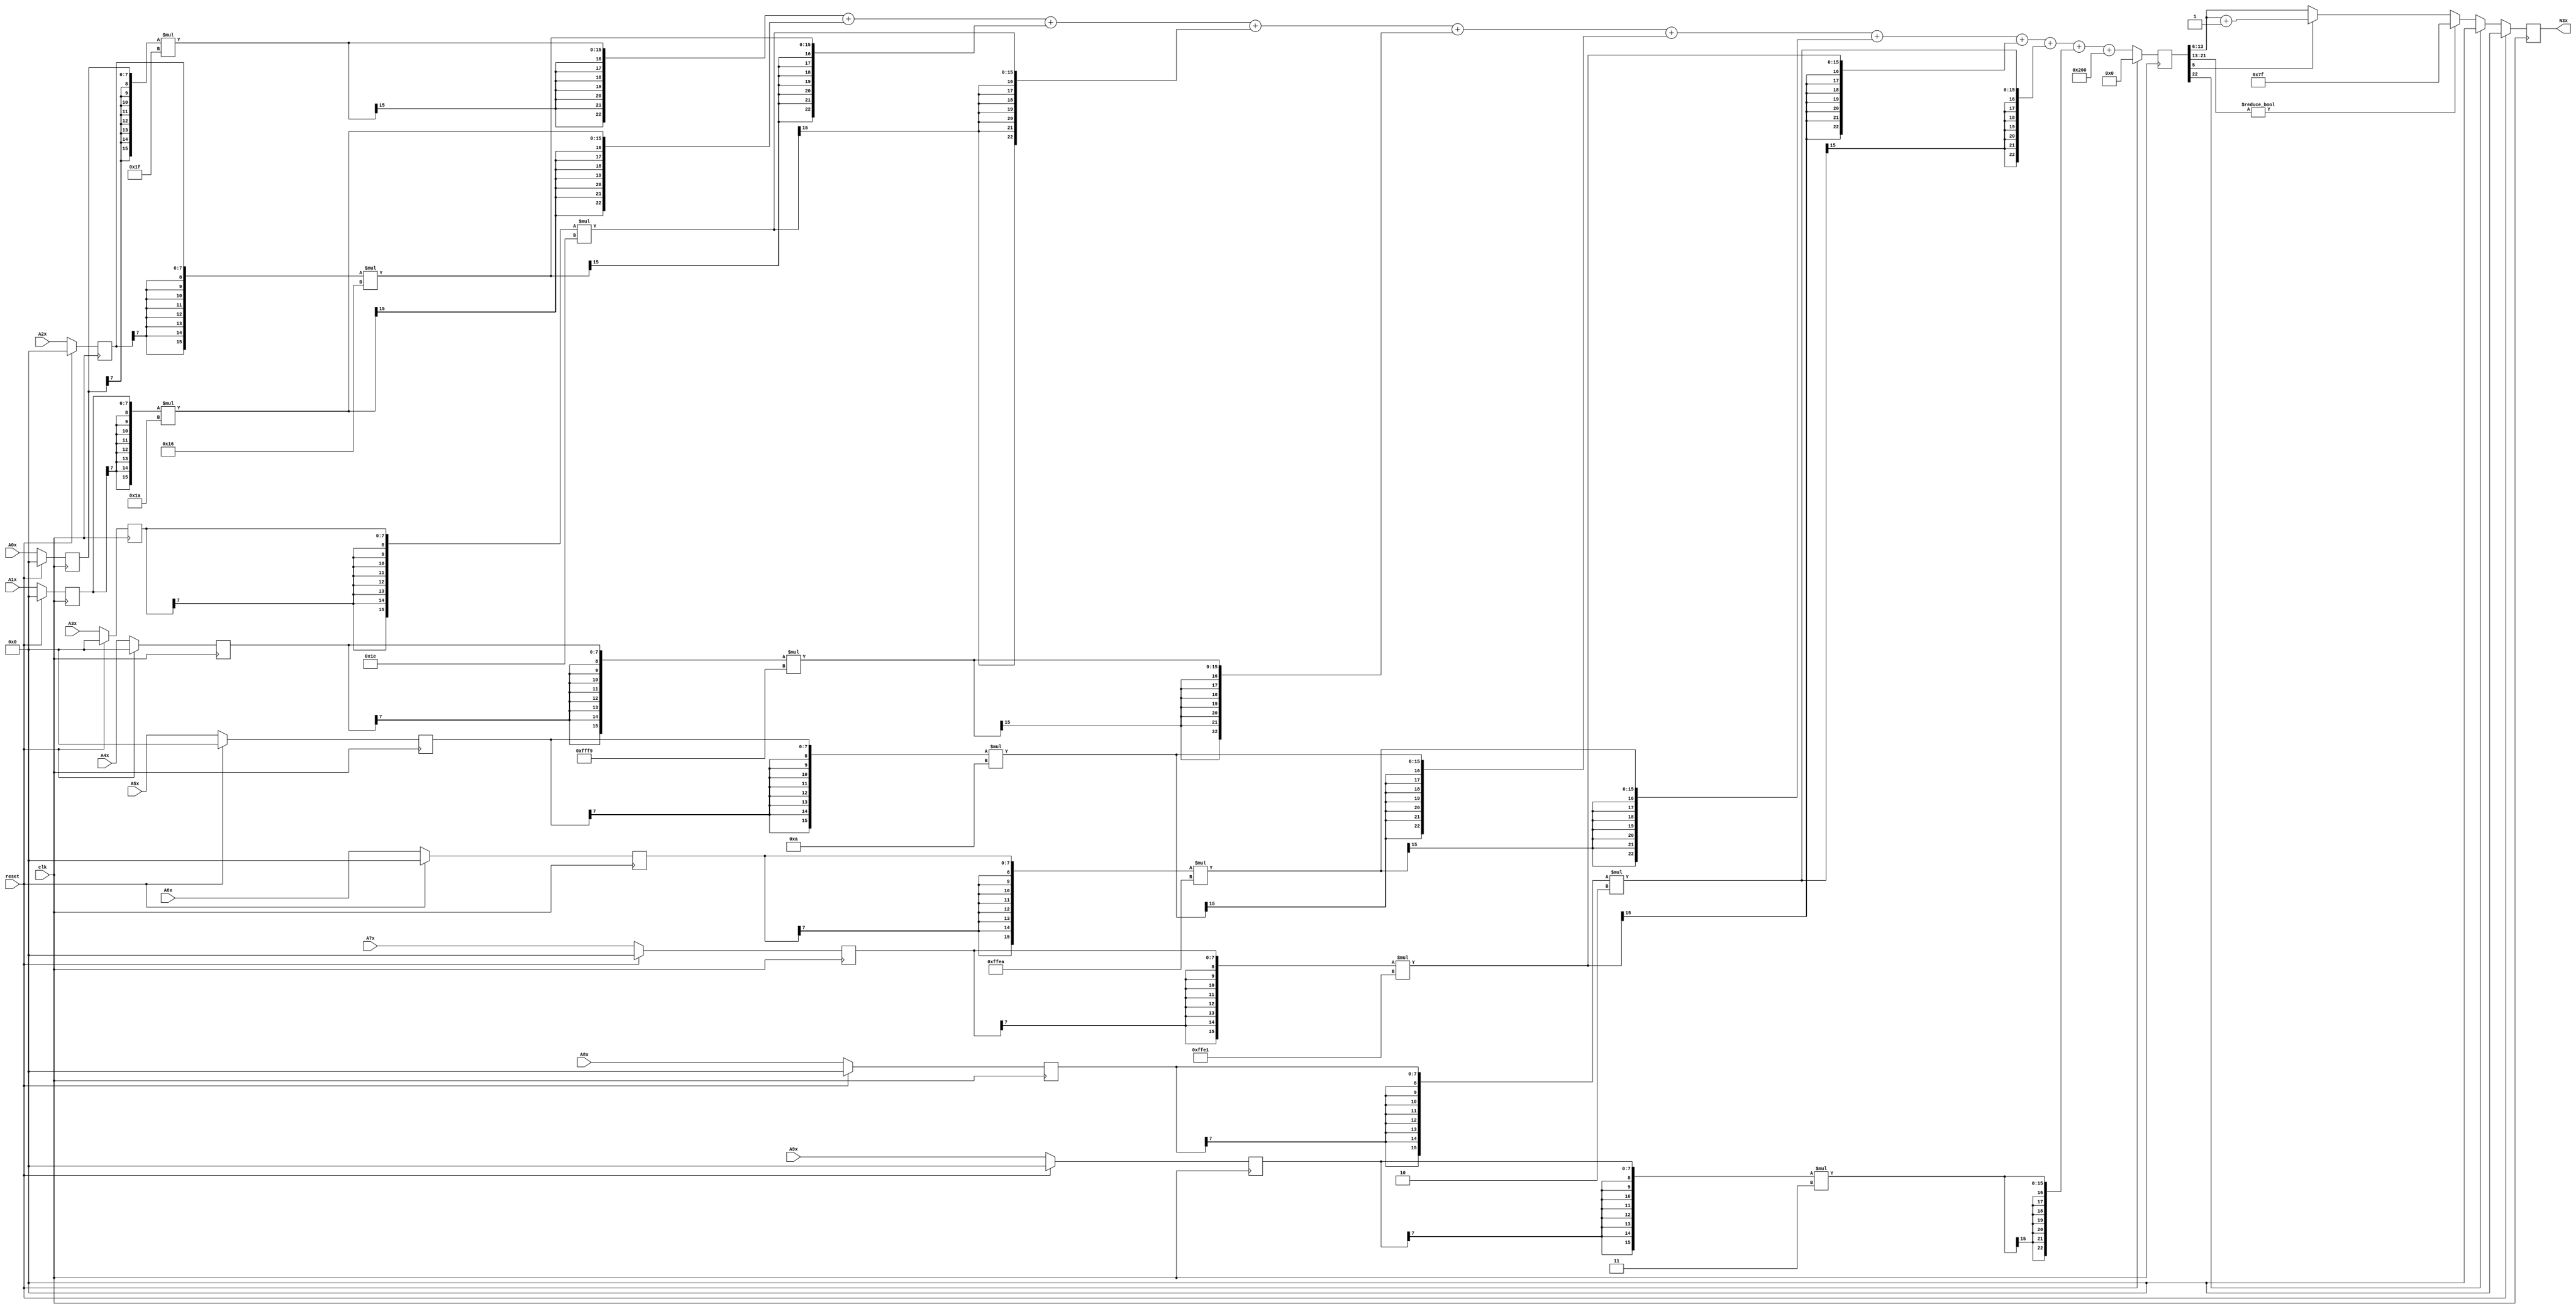
module node_3_3(clk,reset,N3x,A0x,A1x,A2x,A3x,A4x,A5x,A6x,A7x,A8x,A9x);
	input clk;
	input reset;
	input [7:0] A0x, A1x, A2x, A3x, A4x, A5x, A6x, A7x, A8x, A9x;
	reg [7:0] A0x_c, A1x_c, A2x_c, A3x_c, A4x_c, A5x_c, A6x_c, A7x_c, A8x_c, A9x_c;
	wire [15:0] sum0x, sum1x, sum2x, sum3x, sum4x, sum5x, sum6x, sum7x, sum8x, sum9x;
	output reg [7:0] N3x;
	reg [22:0] sumout;

	parameter [7:0] W0x=8'd31;
	parameter [7:0] W1x=8'd26;
	parameter [7:0] W2x=8'd22;
	parameter [7:0] W3x=8'd30;
	parameter [7:0] W4x=-8'd7;
	parameter [7:0] W5x=8'd10;
	parameter [7:0] W6x=-8'd22;
	parameter [7:0] W7x=-8'd31;
	parameter [7:0] W8x=8'd2;
	parameter [7:0] W9x=8'd3;
	parameter [15:0] B0x=16'd512;


	assign sum0x = {A0x_c[7],A0x_c[7],A0x_c[7],A0x_c[7],A0x_c[7],A0x_c[7],A0x_c[7],A0x_c[7],A0x_c}*{W0x[7],W0x[7],W0x[7],W0x[7],W0x[7],W0x[7],W0x[7],W0x[7],W0x};
	assign sum1x = {A1x_c[7],A1x_c[7],A1x_c[7],A1x_c[7],A1x_c[7],A1x_c[7],A1x_c[7],A1x_c[7],A1x_c}*{W1x[7],W1x[7],W1x[7],W1x[7],W1x[7],W1x[7],W1x[7],W1x[7],W1x};
	assign sum2x = {A2x_c[7],A2x_c[7],A2x_c[7],A2x_c[7],A2x_c[7],A2x_c[7],A2x_c[7],A2x_c[7],A2x_c}*{W2x[7],W2x[7],W2x[7],W2x[7],W2x[7],W2x[7],W2x[7],W2x[7],W2x};
	assign sum3x = {A3x_c[7],A3x_c[7],A3x_c[7],A3x_c[7],A3x_c[7],A3x_c[7],A3x_c[7],A3x_c[7],A3x_c}*{W3x[7],W3x[7],W3x[7],W3x[7],W3x[7],W3x[7],W3x[7],W3x[7],W3x};
	assign sum4x = {A4x_c[7],A4x_c[7],A4x_c[7],A4x_c[7],A4x_c[7],A4x_c[7],A4x_c[7],A4x_c[7],A4x_c}*{W4x[7],W4x[7],W4x[7],W4x[7],W4x[7],W4x[7],W4x[7],W4x[7],W4x};
	assign sum5x = {A5x_c[7],A5x_c[7],A5x_c[7],A5x_c[7],A5x_c[7],A5x_c[7],A5x_c[7],A5x_c[7],A5x_c}*{W5x[7],W5x[7],W5x[7],W5x[7],W5x[7],W5x[7],W5x[7],W5x[7],W5x};
	assign sum6x = {A6x_c[7],A6x_c[7],A6x_c[7],A6x_c[7],A6x_c[7],A6x_c[7],A6x_c[7],A6x_c[7],A6x_c}*{W6x[7],W6x[7],W6x[7],W6x[7],W6x[7],W6x[7],W6x[7],W6x[7],W6x};
	assign sum7x = {A7x_c[7],A7x_c[7],A7x_c[7],A7x_c[7],A7x_c[7],A7x_c[7],A7x_c[7],A7x_c[7],A7x_c}*{W7x[7],W7x[7],W7x[7],W7x[7],W7x[7],W7x[7],W7x[7],W7x[7],W7x};
	assign sum8x = {A8x_c[7],A8x_c[7],A8x_c[7],A8x_c[7],A8x_c[7],A8x_c[7],A8x_c[7],A8x_c[7],A8x_c}*{W8x[7],W8x[7],W8x[7],W8x[7],W8x[7],W8x[7],W8x[7],W8x[7],W8x};
	assign sum9x = {A9x_c[7],A9x_c[7],A9x_c[7],A9x_c[7],A9x_c[7],A9x_c[7],A9x_c[7],A9x_c[7],A9x_c}*{W9x[7],W9x[7],W9x[7],W9x[7],W9x[7],W9x[7],W9x[7],W9x[7],W9x};

	always@(posedge clk) begin

		if(reset)
			begin
			N3x<=8'd0;
			sumout<=16'd0;
			A0x_c <= 8'd0;
			A1x_c <= 8'd0;
			A2x_c <= 8'd0;
			A3x_c <= 8'd0;
			A4x_c <= 8'd0;
			A5x_c <= 8'd0;
			A6x_c <= 8'd0;
			A7x_c <= 8'd0;
			A8x_c <= 8'd0;
			A9x_c <= 8'd0;
			end
		else
			begin
			A0x_c <= A0x;
			A1x_c <= A1x;
			A2x_c <= A2x;
			A3x_c <= A3x;
			A4x_c <= A4x;
			A5x_c <= A5x;
			A6x_c <= A6x;
			A7x_c <= A7x;
			A8x_c <= A8x;
			A9x_c <= A9x;
			sumout<={sum0x[15],sum0x[15],sum0x[15],sum0x[15],sum0x[15],sum0x[15],sum0x[15],sum0x}+{sum1x[15],sum1x[15],sum1x[15],sum1x[15],sum1x[15],sum1x[15],sum1x[15],sum1x}+{sum2x[15],sum2x[15],sum2x[15],sum2x[15],sum2x[15],sum2x[15],sum2x[15],sum2x}+{sum3x[15],sum3x[15],sum3x[15],sum3x[15],sum3x[15],sum3x[15],sum3x[15],sum3x}+{sum4x[15],sum4x[15],sum4x[15],sum4x[15],sum4x[15],sum4x[15],sum4x[15],sum4x}+{sum5x[15],sum5x[15],sum5x[15],sum5x[15],sum5x[15],sum5x[15],sum5x[15],sum5x}+{sum6x[15],sum6x[15],sum6x[15],sum6x[15],sum6x[15],sum6x[15],sum6x[15],sum6x}+{sum7x[15],sum7x[15],sum7x[15],sum7x[15],sum7x[15],sum7x[15],sum7x[15],sum7x}+{sum8x[15],sum8x[15],sum8x[15],sum8x[15],sum8x[15],sum8x[15],sum8x[15],sum8x}+{sum9x[15],sum9x[15],sum9x[15],sum9x[15],sum9x[15],sum9x[15],sum9x[15],sum9x}+{B0x[15],B0x[15],B0x[15],B0x[15],B0x[15],B0x[15],B0x[15],B0x};

			if(sumout[22]==0)
				begin
				if(sumout[21:13]!=9'b0)
					N3x<=8'd127;
				else
					begin
					if(sumout[5]==1)
						N3x<=sumout[13:6]+8'd1;
					else
						N3x<=sumout[13:6];
					end
				end
			else
				N3x<=8'd0;
			end
		end
endmodule